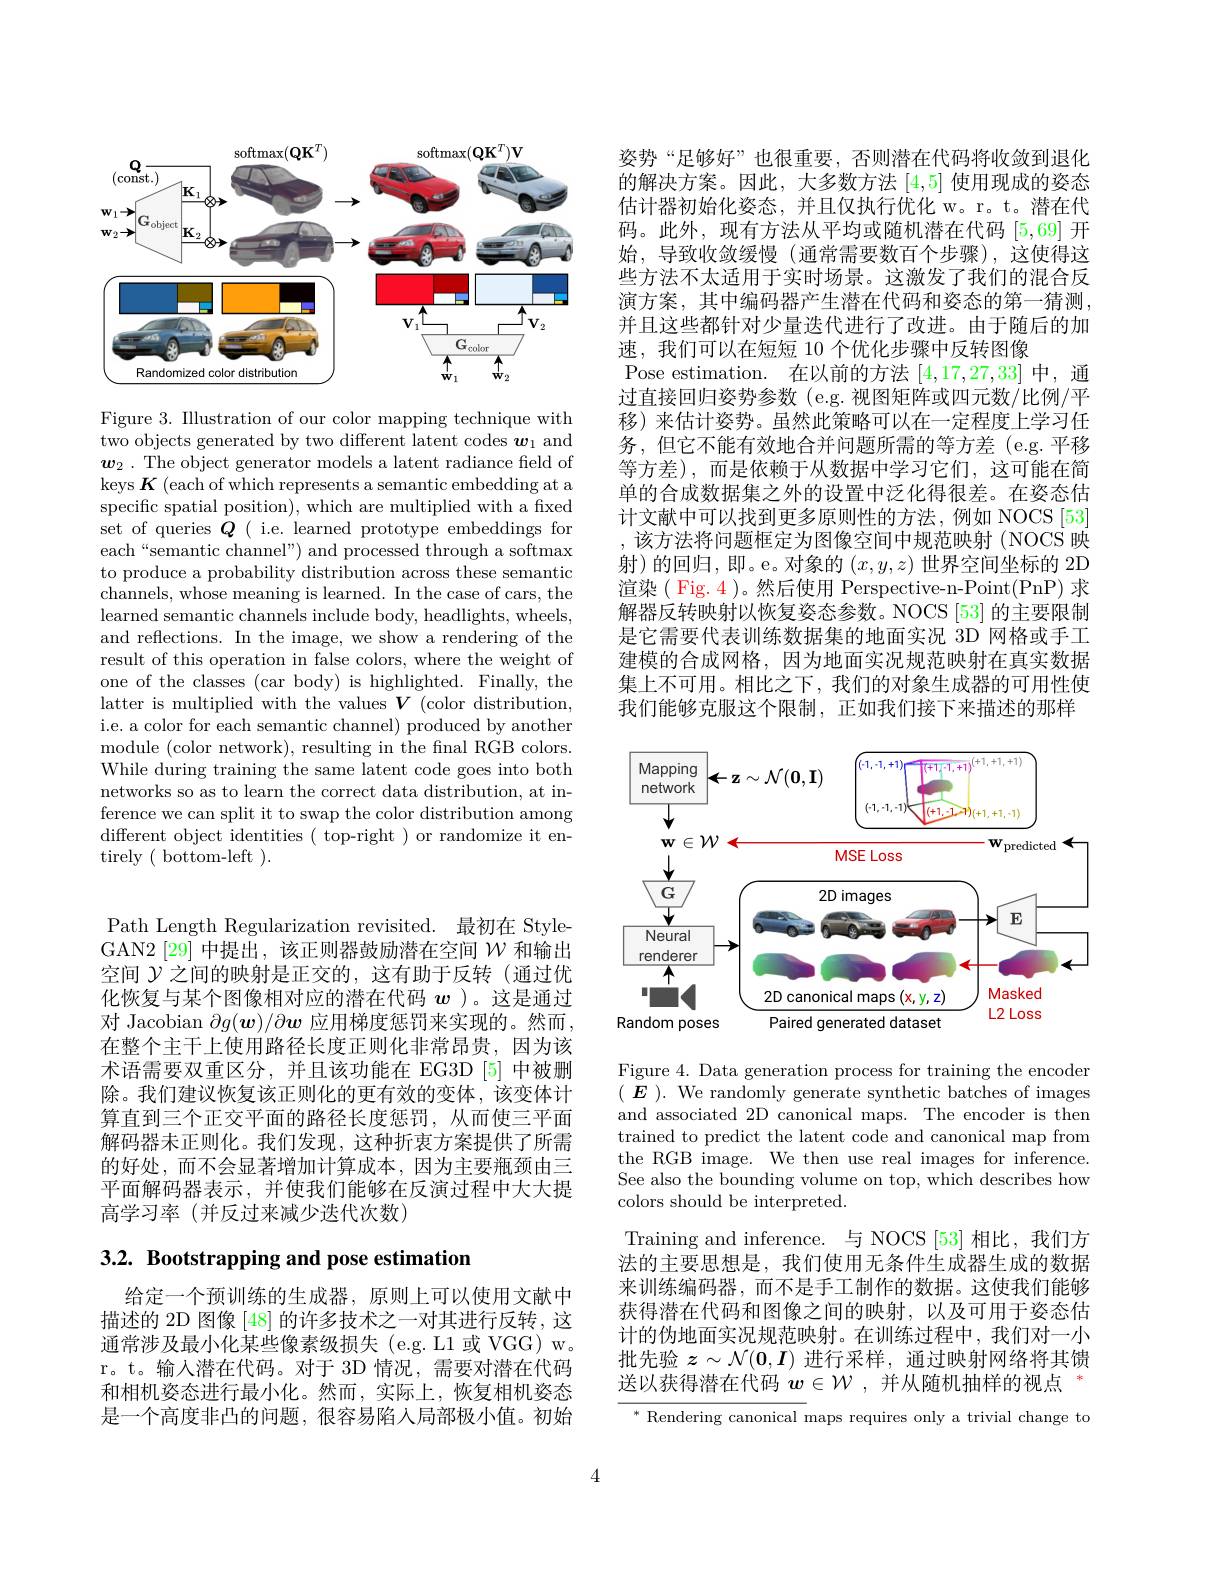
<FigureHere>

Figure 3. Illustration of our color mapping technique with two objects generated by two different latent codes $\boldsymbol w_1$ and $\boldsymbol{w}_2$ . The object generator models a latent radiance field of keys $K$ (each of which represents a semantic embedding at a specific spatial position), which are multiplied with a fixed set of queries $Q$ ( i.e. learned prototype embeddings for each“semantic channel”) and processed through a softmax to produce a probability distribution across these semantic channels, whose meaning is learned. In the case of cars, the learned semantic channels include body, headlights, wheels, and reflections. In the image, we show a rendering of the result of this operation in false colors, where the weight of one of the classes (car body) is highlighted. Finally, the latter is multiplied with the values $\boldsymbol V$ (color distribution, i.e. a color for each semantic channel) produced by another module (color network), resulting in the fnal RGB colors. While during training the same latent code goes into both networks so as to learn the correct data distribution, at inference we can split it to swap the color distribution among different object identities ( top-right ) or randomize it entirely ( bottom-left ).

Path Length Regularization revisited. 最初在 StyleGAN2[29] 中提出，该正则器鼓励潜在空间$\mathcal{W}$和输出空间$\mathcal{Y}$之间的映射是正交的，这有助于反转(通过优化恢复与某个图像相对应的潜在代码$w$ )。这是通过对 Jacobian $\partial g(\boldsymbol{w})/\partial\boldsymbol{w}$应用梯度惩罚来实现的。然而， 在整个主干上使用路径长度正则化非常昂贵，因为该术语需要双重区分，并且该功能在 EG3D[5]中被删除。我们建议恢复该正则化的更有效的变体，该变体计算直到三个正交平面的路径长度惩罚，从而使三平面解码器未正则化。我们发现，这种折衷方案提供了所需的好处，而不会显著增加计算成本，因为主要瓶颈由三平面解码器表示，并使我们能够在反演过程中大大提高学习率(并反过来减少迭代次数)

# 3.2. Bootstrapping and pose estimation

给定一个预训练的生成器，原则上可以使用文献中描述的 2D 图像 [48] 的许多技术之一对其进行反转，这通常涉及最小化某些像素级损失 (e.g.L1 或 VGG) w。r。t。输入潜在代码。对于 3D 情况，需要对潜在代码和相机姿态进行最小化。然而，实际上，恢复相机姿态是一个高度非凸的问题，很容易陷入局部极小值。初始

姿势“足够好”也很重要，否则潜在代码将收敛到退化的解决方案。因此，大多数方法[4,5]使用现成的姿态估计器初始化姿态，并且仅执行优化 w。r。t。潜在代码。此外，现有方法从平均或随机潜在代码[5,69]开始，导致收敛缓慢(通常需要数百个步骤),这使得这些方法不太适用于实时场景。这激发了我们的混合反演方案，其中编码器产生潜在代码和姿态的第一猜测， 并且这些都针对少量迭代进行了改进。由于随后的加速，我们可以在短短 10 个优化步骤中反转图像
Pose estimation. 在以前的方法[4,17,27,33]中，通过直接回归姿势参数 (e.g.视图矩阵或四元数/比例/平移)来估计姿势。虽然此策略可以在一定程度上学习任务，但它不能有效地合并问题所需的等方差(e.g.平移等方差),而是依赖于从数据中学习它们，这可能在简单的合成数据集之外的设置中泛化得很差。在姿态估计文献中可以找到更多原则性的方法，例如 NOCS[53] ,该方法将问题框定为图像空间中规范映射(NOCS 映射)的回归，即。e。对象的$\left(x,y,z\right)$世界空间坐标的 2D 渲染( Fig. 4 )。然后使用 Perspective-n-Point(PnP) 求解器反转映射以恢复姿态参数。NOCS [53] 的主要限制是它需要代表训练数据集的地面实况 3D 网格或手工建模的合成网格，因为地面实况规范映射在真实数据集上不可用。相比之下，我们的对象生成器的可用性使我们能够克服这个限制，正如我们接下来描述的那样

<FigureHere>

Figure 4. Data generation process for training the encoder $(\begin{array}{c}{{\tilde{E}}}\end{array}).$ We randomly generate synthetic batches of images and associated 2D canonical maps. The encoder is then trained to predict the latent code and canonical map from the RGB image. We then use real images for inference. See also the bounding volume on top, which describes how colors should be interpreted.
Training and inference. 与 NOCS [53] 相比，我们方法的主要思想是，我们使用无条件生成器生成的数据来训练编码器，而不是手工制作的数据。这使我们能够获得潜在代码和图像之间的映射，以及可用于姿态估计的伪地面实况规范映射。在训练过程中，我们对一小批先验$z\sim\mathcal{N}(\mathbf{0},\boldsymbol{I})$进行采样，通过映射网络将其馈送以获得潜在代码$\boldsymbol{w}\in\mathcal{W}$,并从随机抽样的视点

$^*$ Rendering canonical maps requires only a trivial change to

4